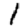
Digit: 1